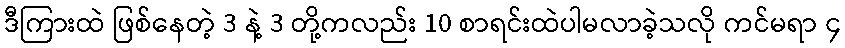
ဒီကြားထဲ ဖြစ်နေတဲ့ 3 နဲ့ 3 တို့ကလည်း 10 စာရင်းထဲပါမလာခဲ့သလို ကင်မရာ ၄